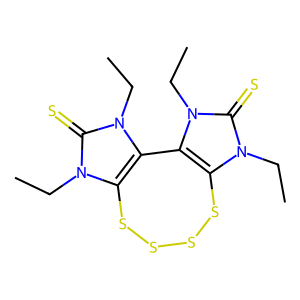
SMILES: CCn1c2c(n(CC)c1=S)-c1c(n(CC)c(=S)n1CC)SSSS2
Inhibits HIV replication: No